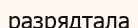
разрядтала